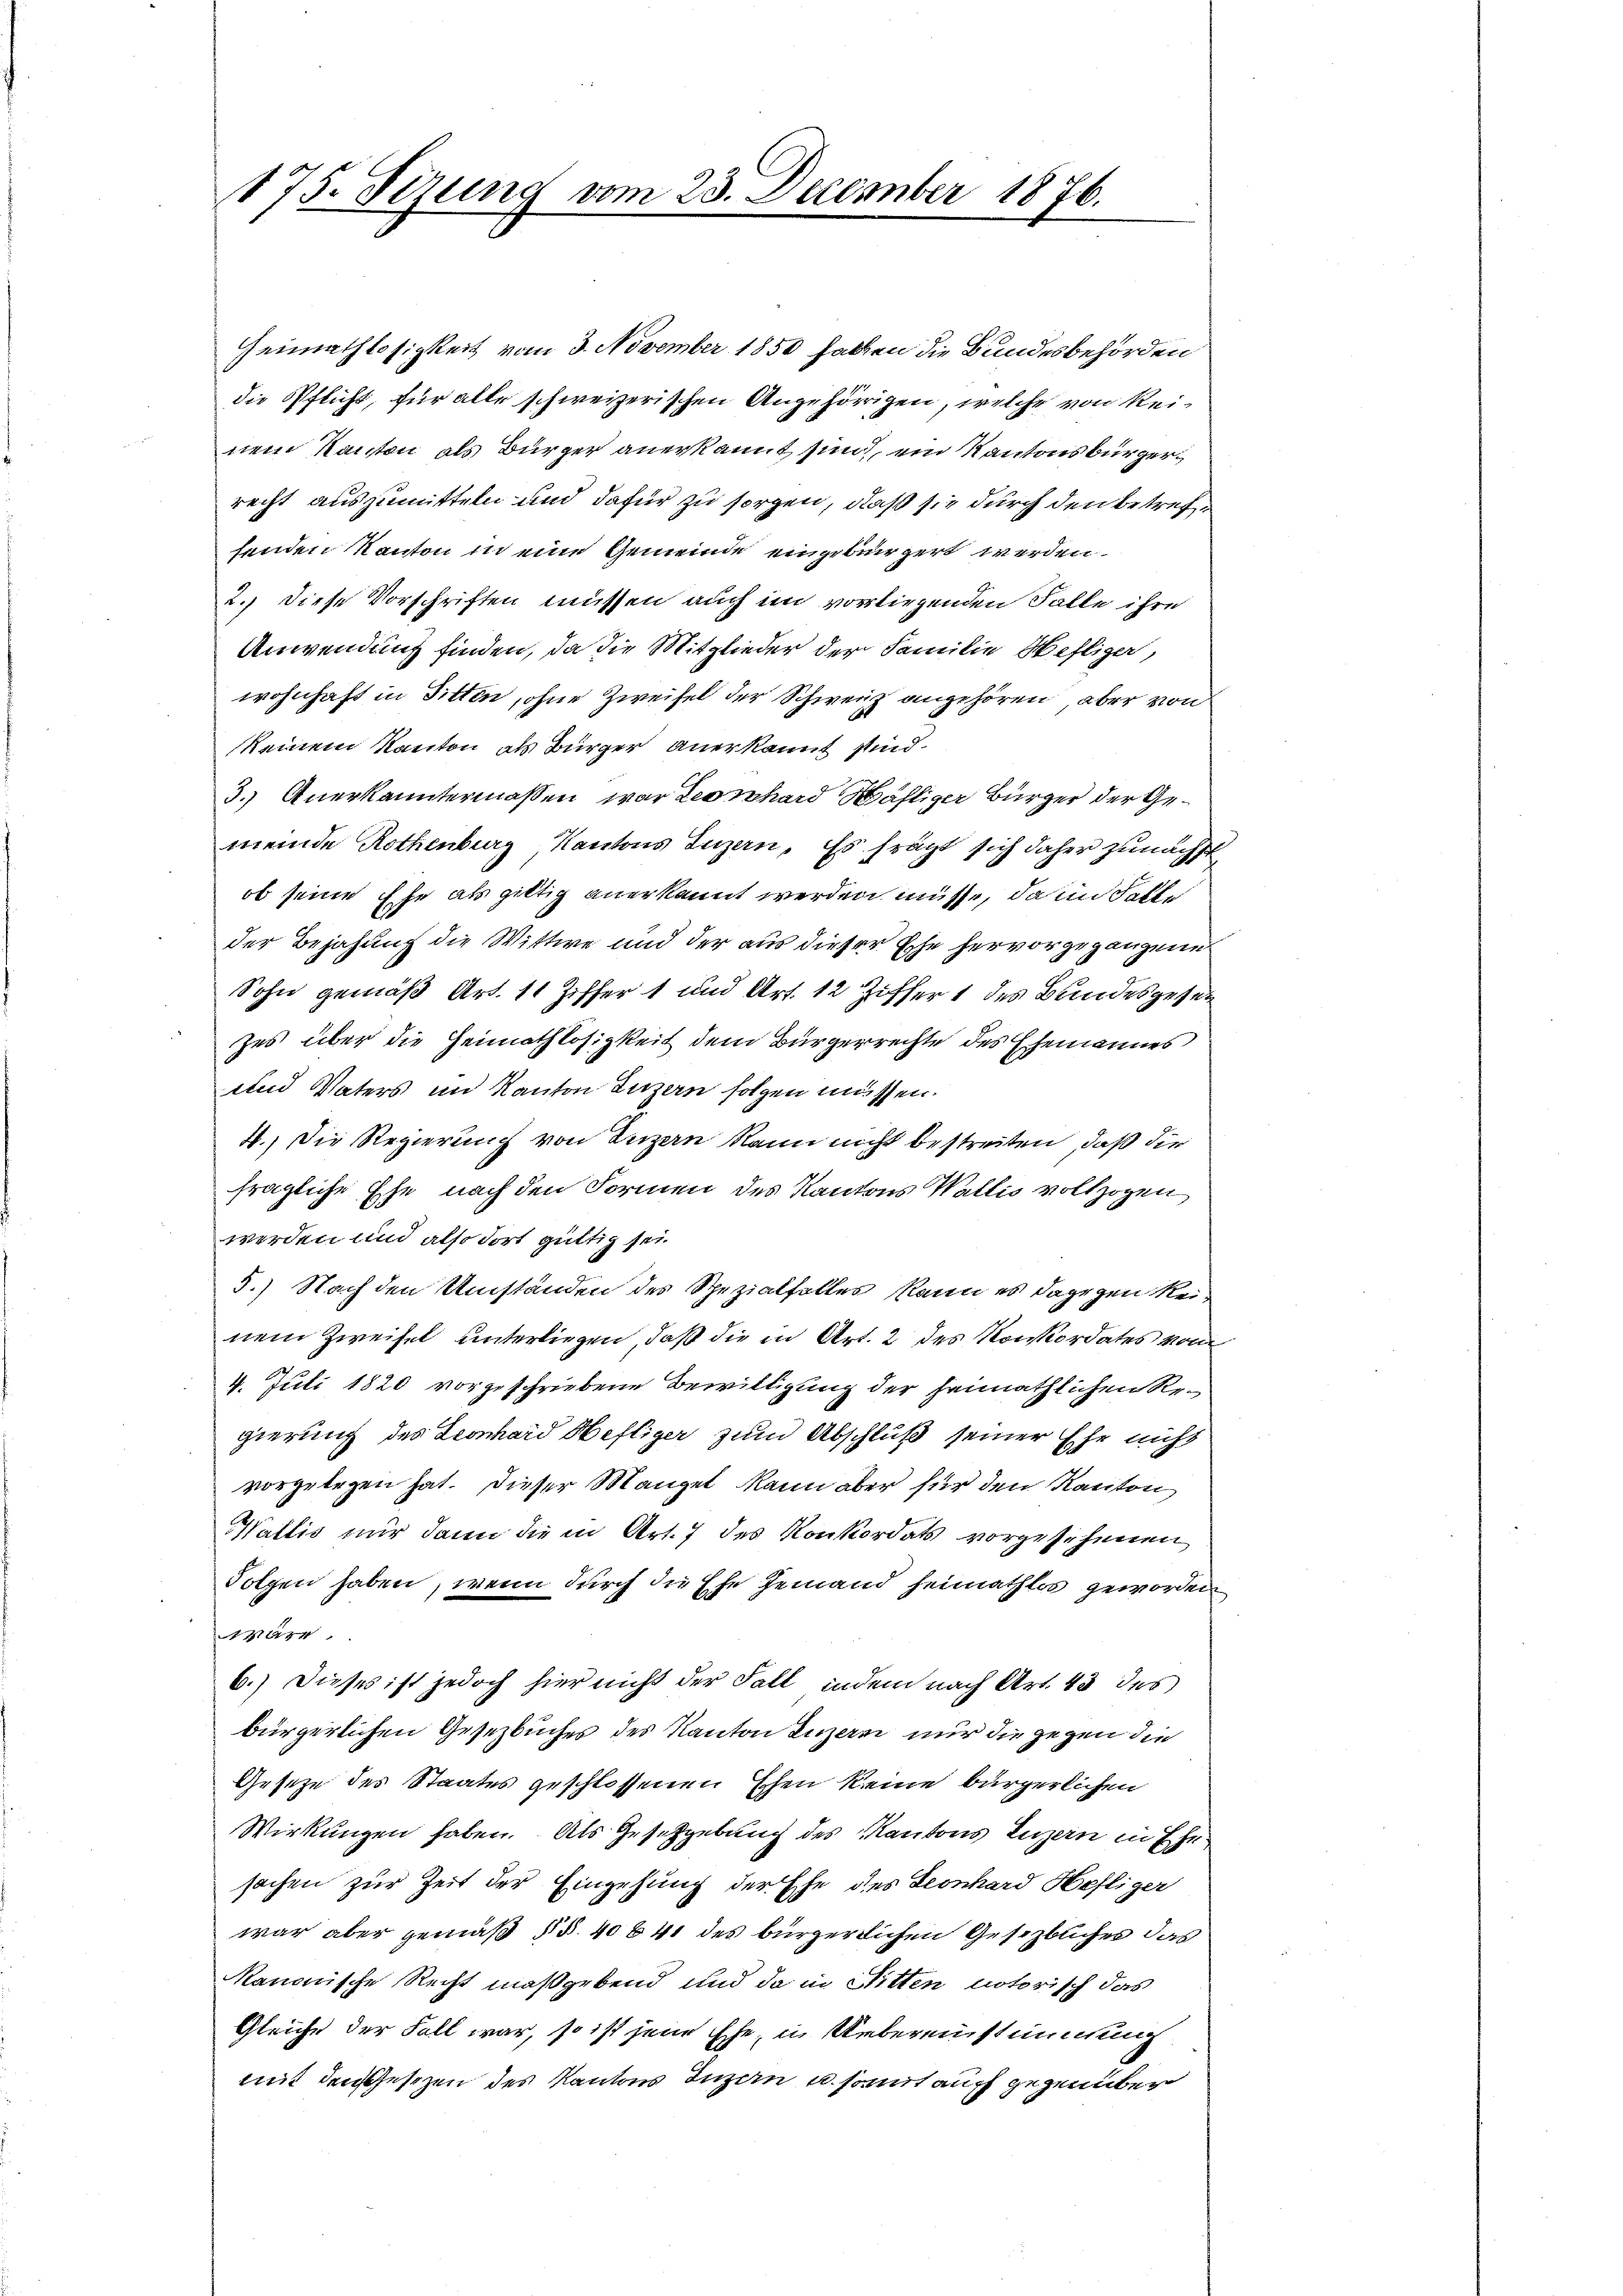
175. Tizung vom 23. December 1876.

Heimathlosigkeit vom 3. November 1850 hatten die Bundesbehörden
die Pflicht, für alle schweizerischen Angehörigen, welche von Reinem Kanton als Bürger anerkannt sind, ein Kantonsbürgerrecht auszumitteln und dafür zu sorgen, daß sie durch den betrefsenden Kanton in eine Gemeinde eingebürgert werden.
2.) Diese Vorschriften müssen auch im vorliegenden Falle ihre
Anwendung finden, da die Mitglieder der Familie Heftiger,
wohnhaft in Sitten, ohne Zweifel der Schweiz angehören, aber von
keinem Kanton als Bürger anerkannt sind.
3.) Anerkanntermassen, war Leonhard Wähliger Bürger der Gemeinde Rothenburg, Kantons Luzern. Es frägt sich daher zunächstob seine Ehe als giltig anerkannt werden müsse, da in Falle
der Bejahung die Wittwe und der aus dieser Ehe hervorgegangene
Sohn gemäß Art. 11 Ziffer 1 und Art. 12 Ziffer 1 des Bundesgeset
zes über die Heimathlosigkeit dem Bürgerrechte des Ehemannes
und Vaters im Kanton Luzern folgen müssen.
4.) Die Regierung von Luzern kann nicht bestreiten, daß die
fragliche Ehe nach den Formen des Kantons Wallis vollzogen
werden und also dort gültig sei
5.) Nach den Umständen des Spezialfalles, kann es dagegen Reinem Zweifel unterliegen, daß die in Art. 2 des Konkordates von
4. Juli 1820 vorgeschriebene Bewilligung der heimathlichen Regierung des Leonhard Heftiger zum Abschluß seiner Ehe nicht
vorgelegen hat. Dieser Mangel kann aber für den Kanton
Wallis nur dann die in Art. 7 des Konkordats vorgesehenen
Folgen haben, wenn durch die Ehe jemand heimathlos geworden
ar
6.) Dieses ist jedoch hier nicht der Fall, indem nach Art. 43 des
bürgerlichen Gesetzbuches des Kanton Luzern nur die gegen die
Gesetze des Staates geschlossenen Ehen keine bürgerlichen
Wirkungen haben. Als Gesetzgebung des Kantons Luzern in Ehr
sachen zur Zeit der Eingehung der Ehe des Leonhard Heftiger
war aber gemäß § §. 406 41 des bürgerlichen Gesezblicher das
Manonische Recht maßgebend und da in Sitten notorisch das
Gleiche der Fall war, so ist jene Ehe, in Uebereinstimmung
mit den Gesetzen des Kantons Inzain u. somit auch gegenüber